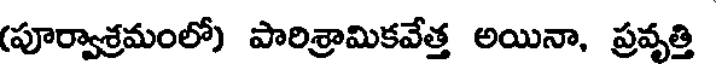
(పూర్వాశ్రమంలో) పారిశ్రామికవేత్త అయినా, ప్రవృత్తి